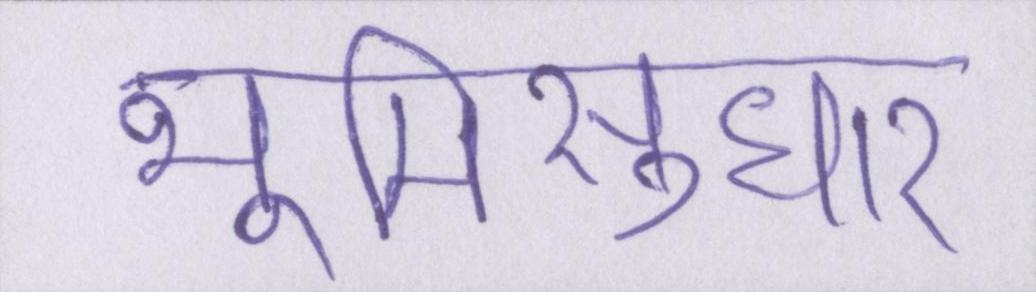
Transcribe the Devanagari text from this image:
भूमिसुधार